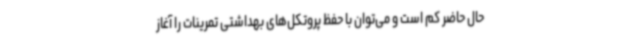
حال حاضر کم است و می‌توان با حفظ پروتکل‌های بهداشتی تمرینات را آغاز